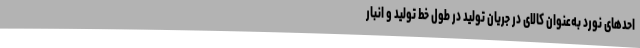
احدهای نورد به‌عنوان کالای در جریان تولید در طول خط تولید و انبار